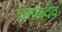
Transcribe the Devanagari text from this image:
घमंडदेव